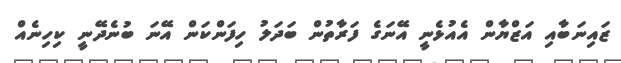
ޒައިނަބާއި އަޒްޔާން އެއުޅެނީ އޭނަގެ ފަރާތުން ބަދަލު ހިފަންކަން އޭނަ ބުނެދޭނީ ކިހިނެއް